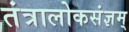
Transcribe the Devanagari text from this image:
तंत्रालोकसंज्ञम्